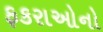
ફકરાઓનો